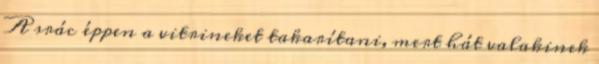
A srác éppen a vitrineket takarítani, mert hát valakinek